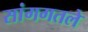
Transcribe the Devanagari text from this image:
सांगगतले